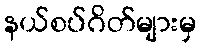
နယ်စပ်ဂိတ်များမှ